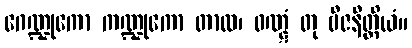
ဂေဏ္ဍုကော ကဏ္ဍုကော တာလ၊ ဝဏ္ဋံ တု ဗီဇနီတ္ထိယံ။